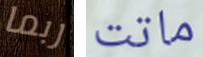
ربما ماتت